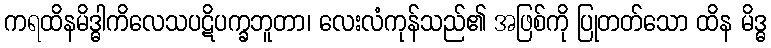
ကရထိနမိဒ္ဓါကိလေသပဋိပက္ခဘူတာ၊ လေးလံကုန်သည်၏ အဖြစ်ကို ပြုတတ်သော ထိန မိဒ္ဓ